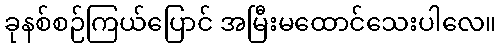
ခုနစ်စဉ်ကြယ်ပြောင် အမြီးမထောင်သေးပါလေ။